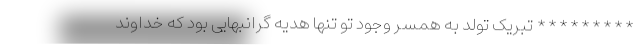
********* تبریک تولد به همسر وجود تو تنها هدیه گرانبهایی بود که خداوند